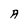
Character: A